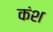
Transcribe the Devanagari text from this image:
कंश